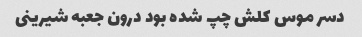
دسر موس کلش چپ شده بود درون جعبه شیرینی